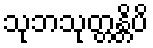
သုဘသုတ္တန္တိပိ